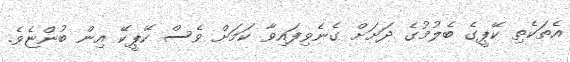
އެތަކެތި ކޭޕީގެ ބެލުމުގެ ދަށަށް ގެނެވިފައިވާ ކަމަށް ވެސް ކޭޕީކޭ އިން ބުންޏެވެ.